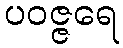
ပဝဇ္ဇရေ